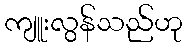
ကျူးလွန်သည်ဟု